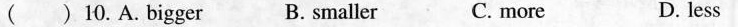
() 10.A.bigger B. smaller C. more D. less